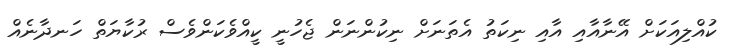
ކުއްލިއަކަށް އޭނާއާއި އާއި ނިކަތު އެތަނަށް ނިކުންނަން ޖެހުނީ ކީއްވެކަންވެސް ރުކާޔަތް ހަނދާނެއް